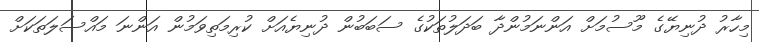
މިހާރު ދުނިޔޭގެ މޫސުމަށް އަންނަމުންދާ ބަދަލުތަކުގެ ސަބަބުން ދުނިޔެއަށް ކުރިމަތިވަމުން އަންނަ މައްސަލަތަކަށް